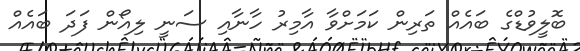
ބޮލީވުޑްގެ ބައެއް ތަރިން ކަމަށްވާ އާމިރު ހާނާއި ސަނީ ލިއޯން ފަދަ ބައެއް